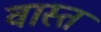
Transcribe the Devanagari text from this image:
वास्त